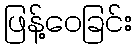
ဖြန့်ဝေခြင်း